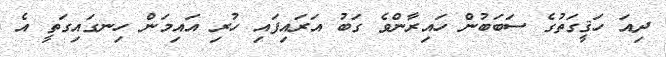
ދިއަ ހަޤީގަތުގެ ސަބަބުން ހައިރާންވެ ގަބު އަރައިފައި ހުރި އައިމަން ހިނގައިގަތީ އެ